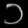
Digit: ၁